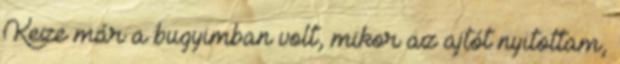
Keze már a bugyimban volt, mikor az ajtót nyitottam,